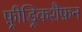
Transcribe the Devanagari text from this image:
फ़्रीड्रिकशैफ़न